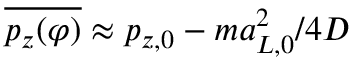
\overline { { p _ { z } ( \varphi ) } } \approx p _ { z , 0 } - m a _ { L , 0 } ^ { 2 } / 4 D